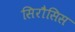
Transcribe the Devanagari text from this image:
सिरौसिस